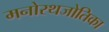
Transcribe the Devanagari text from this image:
मनोरथजोतिका